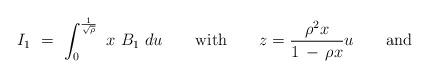
LaTeX: \begin{align*}I_1 \ =\ \int_0^{1 \over \sqrt{\rho}}\ x\ B_1 \ du \qquad\mathrm{with}\qquad{\displaystyle z= {\rho^2 x \over 1\, -\, \rho x} u }\qquad\mathrm{and}\end{align*}